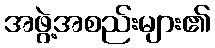
အဖွဲ့အစည်းများ၏